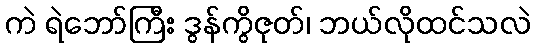
ကဲ ရဲဘော်ကြီး ဒွန်ကွိဇုတ်၊ ဘယ်လိုထင်သလဲ